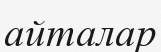
айталар